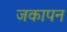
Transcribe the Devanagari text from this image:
जकापन